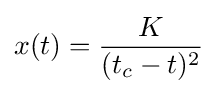
x(t)={\frac {K}{(t_{c}-t)^{2}}}